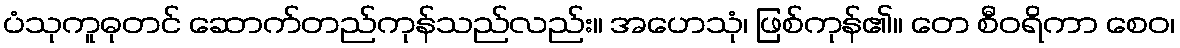
ပံသုကူဓုတင် ဆောက်တည်ကုန်သည်လည်း။ အဟေသုံ၊ ဖြစ်ကုန်၏။ တေ စီဝရိကာ စေဝ၊